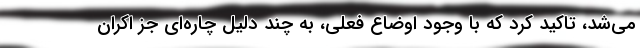
می‌شد، تاکید کرد که با وجود اوضاع فعلی، به چند دلیل چاره‌ای جز اکران